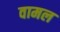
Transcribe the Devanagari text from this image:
वामल